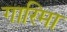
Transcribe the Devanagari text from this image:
गारिमा